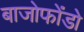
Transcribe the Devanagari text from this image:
बाजोफोंडो